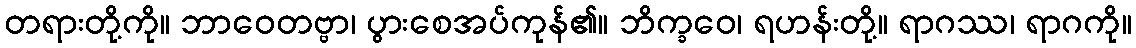
တရားတို့ကို။ ဘာဝေတဗ္ဗာ၊ ပွားစေအပ်ကုန်၏။ ဘိက္ခဝေ၊ ရဟန်းတို့။ ရာဂဿ၊ ရာဂကို။